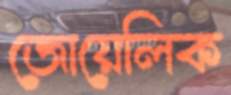
জোয়েলিক